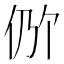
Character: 𫢖